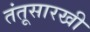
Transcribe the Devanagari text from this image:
तंतूसारखी